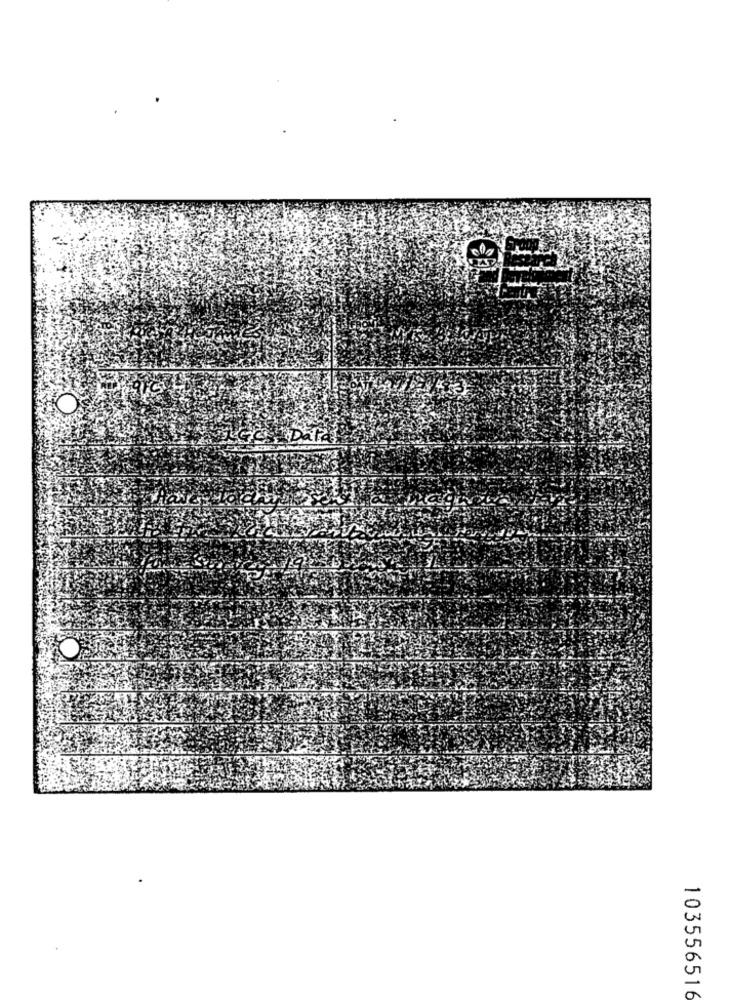
Data
103556516